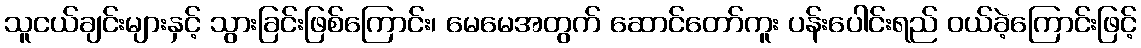
သူငယ်ချင်းများနှင့် သွားခြင်းဖြစ်ကြောင်း၊ မေမေအတွက် ဆောင်တော်ကူး ပန်းပေါင်းရည် ဝယ်ခဲ့ကြောင်းဖြင့်